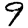
Digit: 9